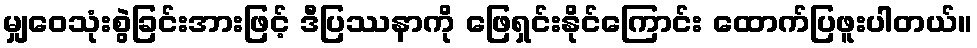
မျှဝေသုံးစွဲခြင်းအားဖြင့် ဒီပြဿနာကို ဖြေရှင်းနိုင်ကြောင်း ထောက်ပြဖူးပါတယ်။